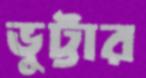
ভুট্টার